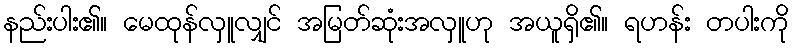
နည်းပါး၏။ မေထုန်လှူလျှင် အမြတ်ဆုံးအလှူဟု အယူရှိ၏။ ရဟန်း တပါးကို